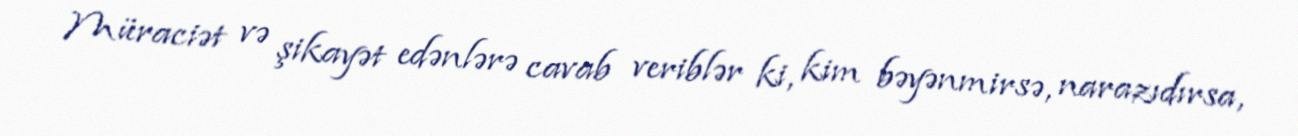
Müraciət və şikayət edənlərə cavab veriblər ki, kim bəyənmirsə, narazıdırsa,